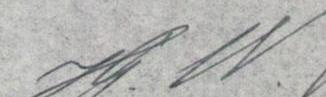
Hj. W.